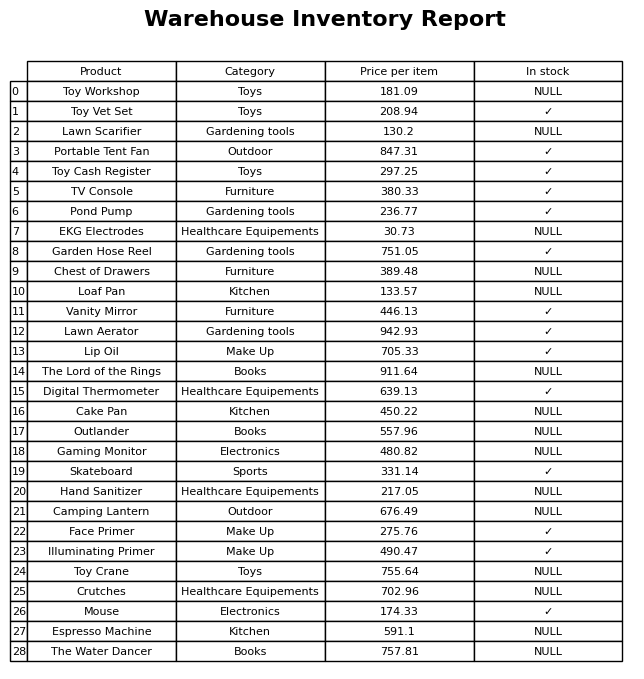
question: Which products are currently out of stock?
answer: Toy Workshop, Lawn Scarifier, EKG Electrodes, Chest of Drawers, Loaf Pan, The Lord of the Rings, Cake Pan, Outlander, Gaming Monitor, Hand Sanitizer, Camping Lantern, Toy Crane, Crutches, Espresso Machine, The Water Dancer